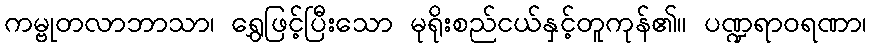
ကမ္ဗုတလာဘာသာ၊ ရွှေဖြင့်ပြီးသော မုရိုးစည်ငယ်နှင့်တူကုန်၏။ ပဏ္ဍရာဝရဏာ၊